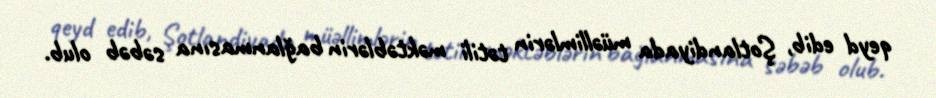
qeyd edib, Şotlandiyada müəllimlərin tətili məktəblərin bağlanmasına səbəb olub.